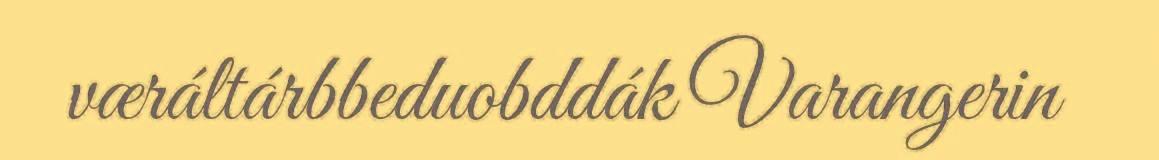
væráltárbbeduobddák Varangerin